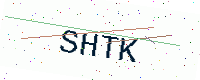
Text: SHTK